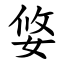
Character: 㛜